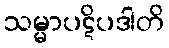
သမ္မာပဋိပဒါတိ